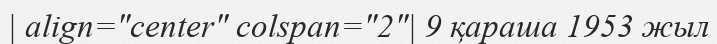
| align="center" colspan="2"| 9 қараша 1953 жыл